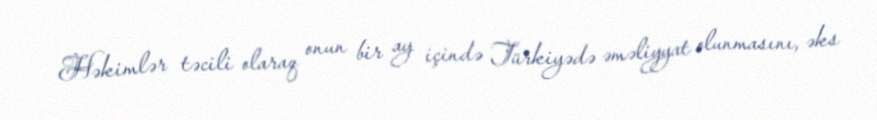
Həkimlər təcili olaraq onun bir ay içində Türkiyədə əməliyyat olunmasını, əks